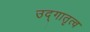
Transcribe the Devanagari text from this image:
उद्गातृत्व